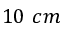
1 0 ~ c m